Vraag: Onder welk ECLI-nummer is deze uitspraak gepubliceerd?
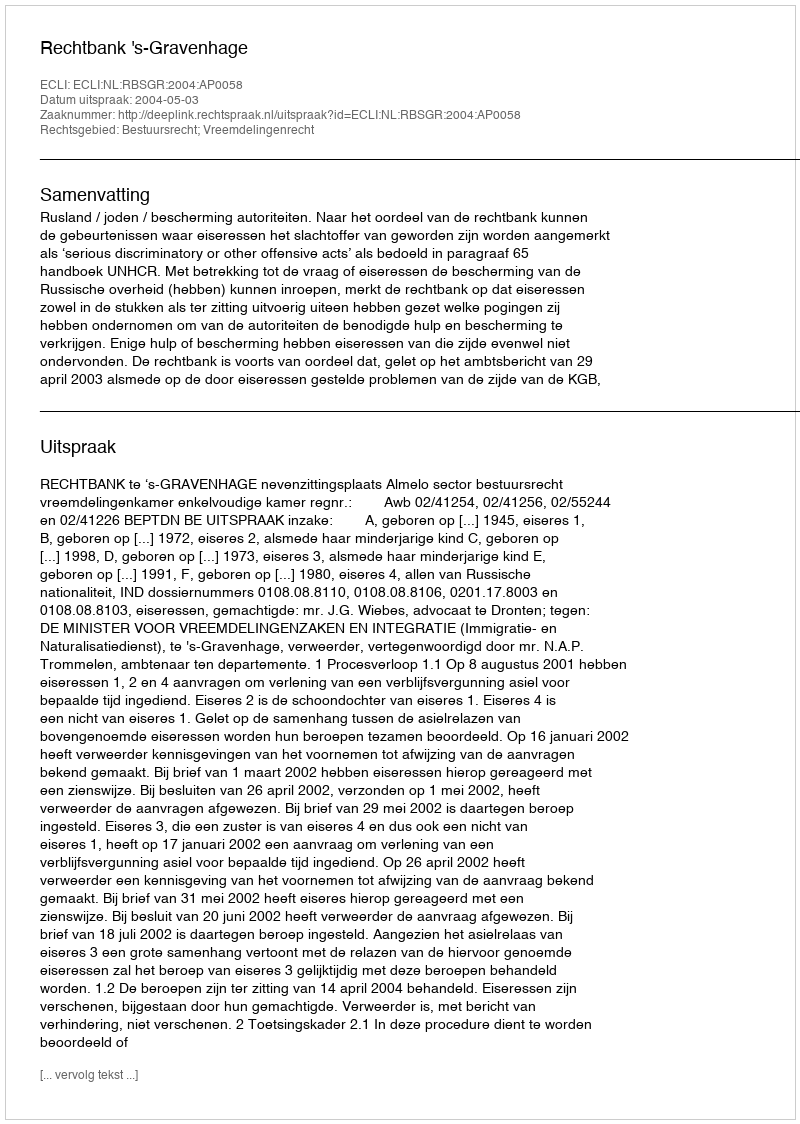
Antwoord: ECLI:NL:RBSGR:2004:AP0058